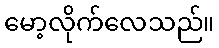
မော့လိုက်လေသည်။